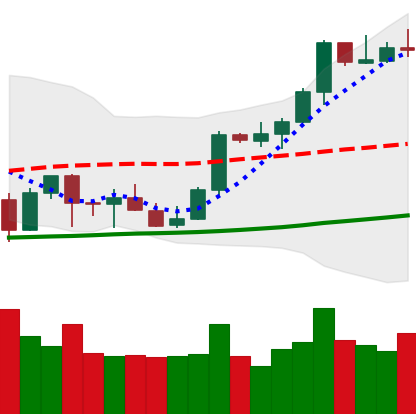
Ticker: BTC-USD
Chart end date: 2021-10-10
Forward return: 12.456%
Label: up_7plus